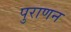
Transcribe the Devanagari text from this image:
पुराणन